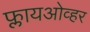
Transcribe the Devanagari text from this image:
फ्लायओव्हर